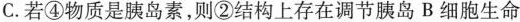
C.若④物质是胰岛素，则②结构上存在调节胰岛B细胞生命